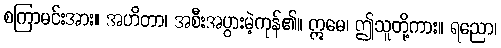
စကြာမင်းအား။ အဟိတာ၊ အစီးအပွားမဲ့ကုန်၏။ ဣမေ၊ ဤသူတို့ကား။ ရညော၊